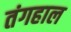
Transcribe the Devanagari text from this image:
तंगहाल